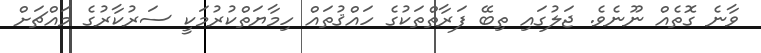
ވާނެ ގޮތެއް ނޫނެވެ. ޖަލުގައި ތިބޭ ފަރާތްތަކުގެ ހައްޤުތައް ހިމާޔަތްކުރުމަކީ ސަރުކާރުގެ މައްޗަށް